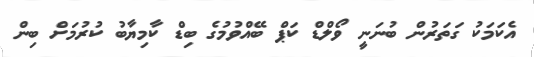
އެކަމަކު ގަތަރުން ބުނަނީ ވޯލްޑް ކަޕް ބޭއްވުމުގެ ބިޑް ކާމިޔާބު ކުރުމަށް ބިން